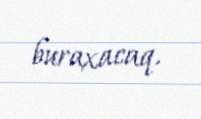
buraxacaq.